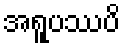
အရူပဿပိ